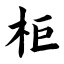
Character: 柜